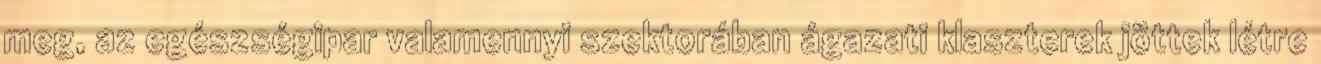
meg, az egészségipar valamennyi szektorában ágazati klaszterek jöttek létre